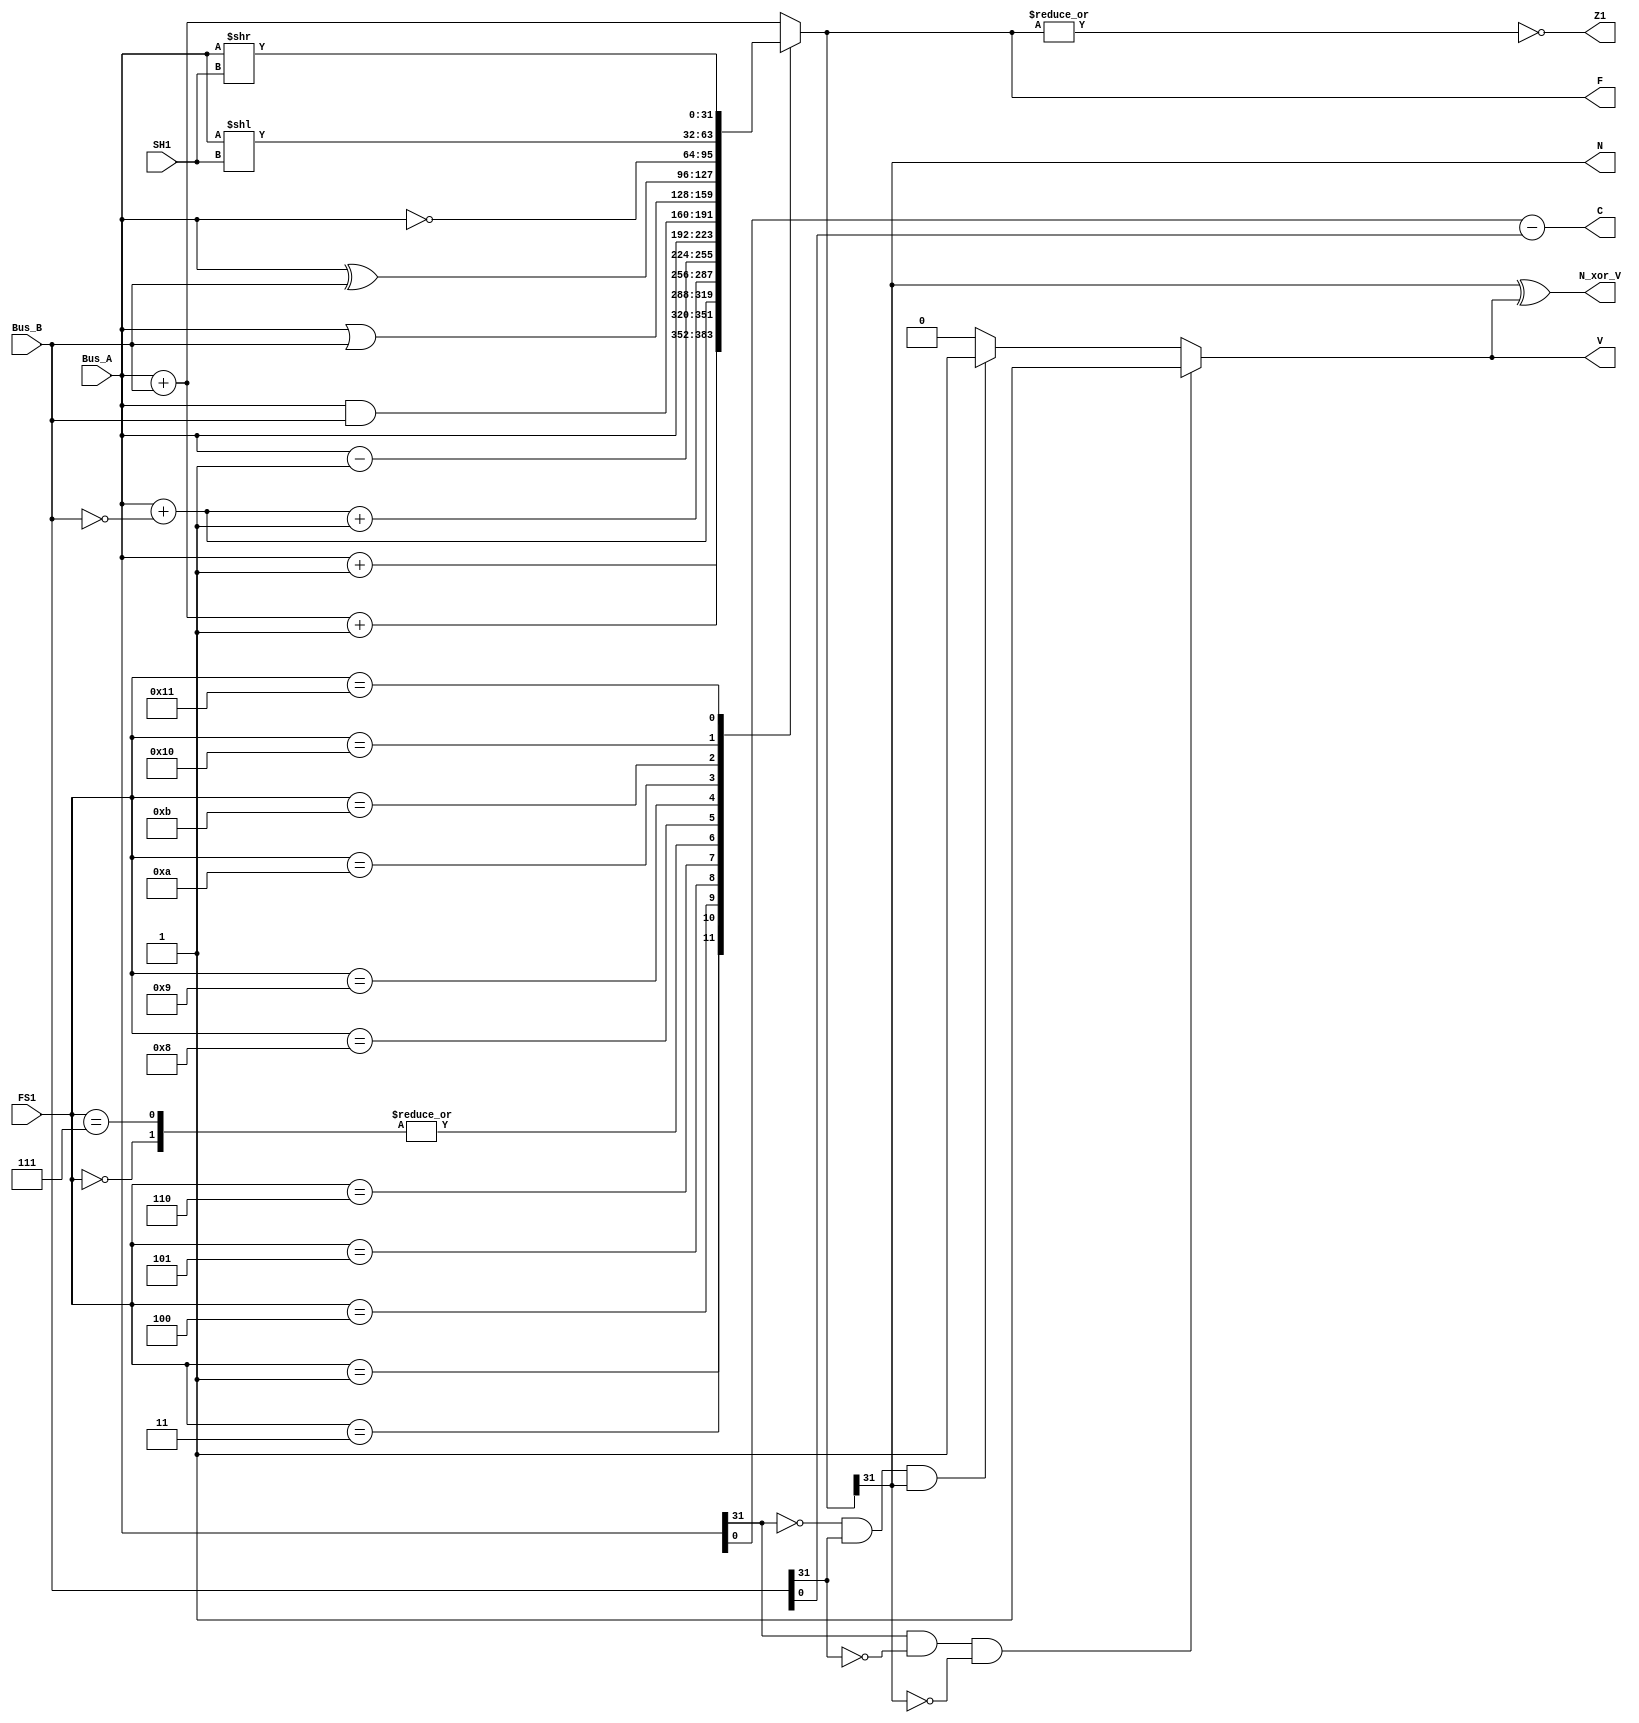
`timescale 1ns / 1ps
//////////////////////////////////////////////////////////////////////////////////
// Company: 
// Engineer: 
// 
// Design Name: 
// Module Name: MODIFIED_FUNCTION_UNIT
// Project Name: 
// Target Devices: 
// Tool Versions: 
// Description: 
// 
// Dependencies: 
// 
// Revision:
// Revision 0.01 - File Created
// Additional Comments:
// 
//////////////////////////////////////////////////////////////////////////////////

// ALU AND SHIFTER
module MODIFIED_FUNCTION_UNIT(
        input [31:0] Bus_A, Bus_B,
        input [4:0] SH1,
        input [4:0] FS1,
        output Z1, C, N, N_xor_V,
        output reg V,
        output reg [31:0] F

    );

    always@(*)
    begin
        case (FS1)
        5'b00000:
           F = Bus_A; 
        5'b00001: 
           F = Bus_A + 1;
        5'b00010: 
           F = Bus_A + Bus_B;
        5'b00011: 
           F = Bus_A + Bus_B + 1;
        5'b00100: 
           F = Bus_A + ~Bus_B;
        5'b00101: 
           F = Bus_A + ~Bus_B + 1;
        5'b00110: 
           F = Bus_A - 1;
        5'b00111:
           F = Bus_A;
        5'b01000: 
           F = Bus_A & Bus_B;
        5'b01001: 
           F = Bus_A | Bus_B;
        5'b01010:
           F = Bus_A ^ Bus_B;
        5'b01011: 
           F = ~Bus_A;
        5'b10000:
           F = Bus_A << SH1;
        5'b10001:
           F = Bus_A >> SH1;
          default: F = Bus_A + Bus_B; 
        endcase        
    end
    
always @(*)
begin
    if(Bus_A[31] & ~Bus_B[31] & ~F[31])
        V = 1;
    else if(~Bus_A[31] & Bus_B[31] & F[31])
        V = 1;
    else
        V = 0;
end

//  assign C = V[16];  // carryout
  assign C = Bus_A - Bus_B;
  assign N = F [31];
  assign Z1 = ~| F;
  
  // ================ XOR GATE ====================
  assign N_xor_V = N ^ V;
  
  
    
endmodule